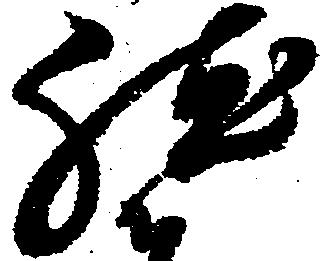
然